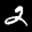
Label: 2